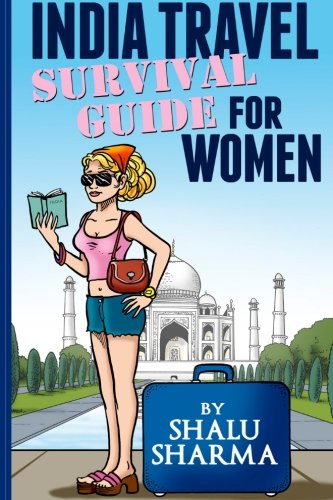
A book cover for India Travel Survival Guide For Women; Shalu Sharma; Travel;